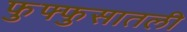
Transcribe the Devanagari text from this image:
फुफ्फुसातली